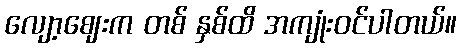
လျော့ဈေးက တစ် နှစ်ထိ အကျုံးဝင်ပါတယ်။